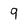
Character: 9